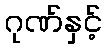
ဂုဏ်နှင့်